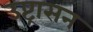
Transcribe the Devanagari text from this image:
उष्ट्रासन